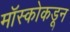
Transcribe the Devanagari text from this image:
मॉस्कोकडून